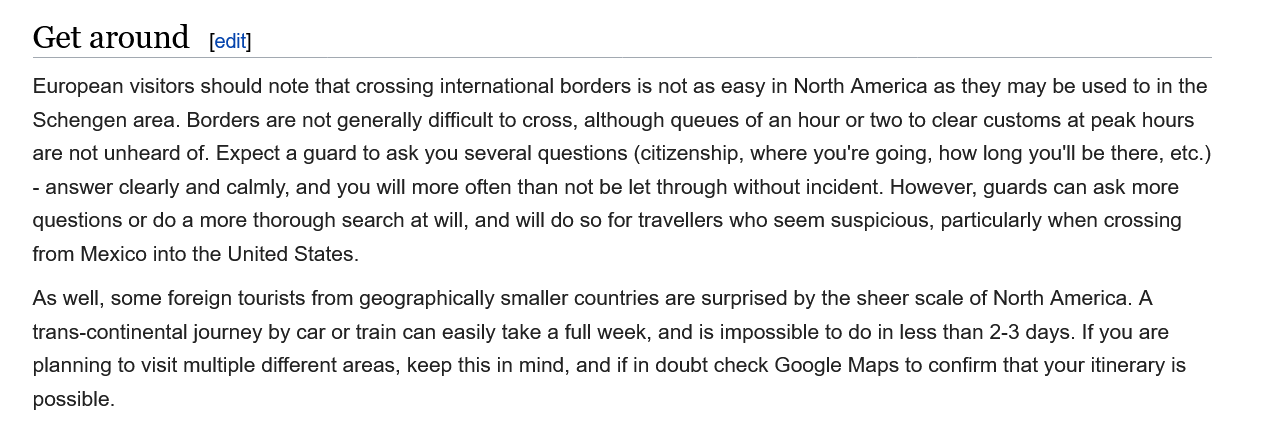
As well, some foreign tourists from geographically smaller countries are surprised by the sheer scale of North America. A
    trans-continental journey by car or train can easily take a full week, and is impossible to do in less than 2-3 days. If you are
    planning to visit multiple different areas, keep this in mind, and if in doubt check Google Maps to confirm that your itinerary is
    possible.
    Get  around    [edit]
    European visitors should note that crossing international borders is not as easy in North America as they may be used to in the
    Schengen area. Borders are not generally difficult to cross, although queues of an hour or two to clear customs at peak hours
    are not unheard of. Expect a guard to ask you several questions (citizenship, where you're going, how long you'll be there, etc.)
    - answer clearly and calmly, and you will more often than not be let through without incident. However, guards can ask more
    questions or do a more thorough search at will, and will do so for travellers who seem suspicious, particularly when crossing
    from Mexico into the United States.